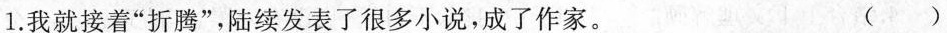
1.我就接着”折腾”，陆续发表了很多小说，成了作家。 ()